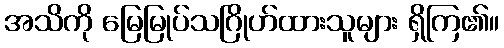
အသိကို မြေမြုပ်သဂြိုဟ်ထားသူများ ရှိကြ၏။